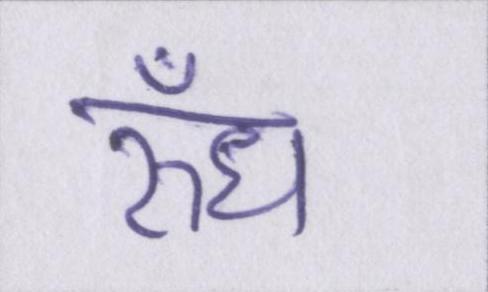
रुँध